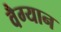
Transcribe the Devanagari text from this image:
वैग्यान